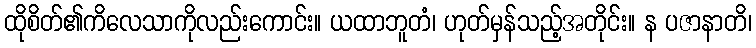
ထိုစိတ်၏ကိလေသာကိုလည်းကောင်း။ ယထာဘူတံ၊ ဟုတ်မှန်သည့်အတိုင်း။ န ပဇာနာတိ၊